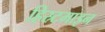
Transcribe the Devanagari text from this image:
हिस्र्टमाइन